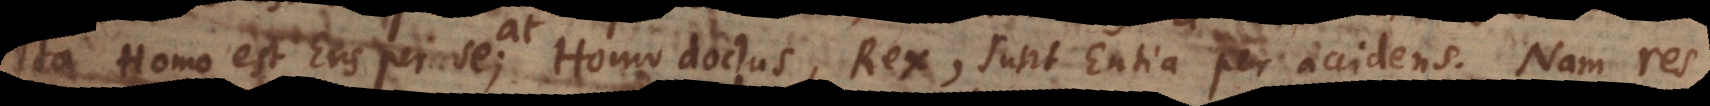
Ita Homo est Ens per se; Homo doctus, Rex, sunt Entia per accidens. Nam res